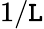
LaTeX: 1/\mathtt{L}